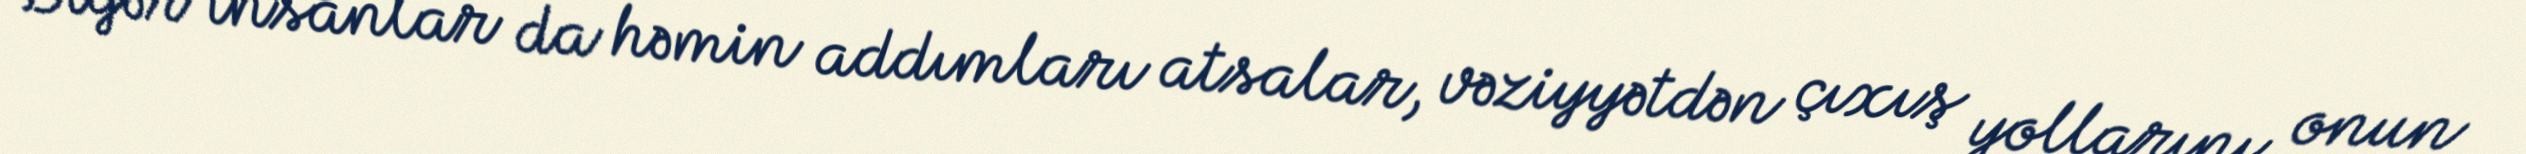
Digər insanlar da həmin addımları atsalar, vəziyyətdən çıxış yollarını onun